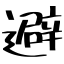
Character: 避